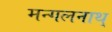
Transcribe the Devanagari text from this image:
मन्गलनाथ्